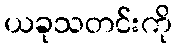
ယခုသတင်းကို